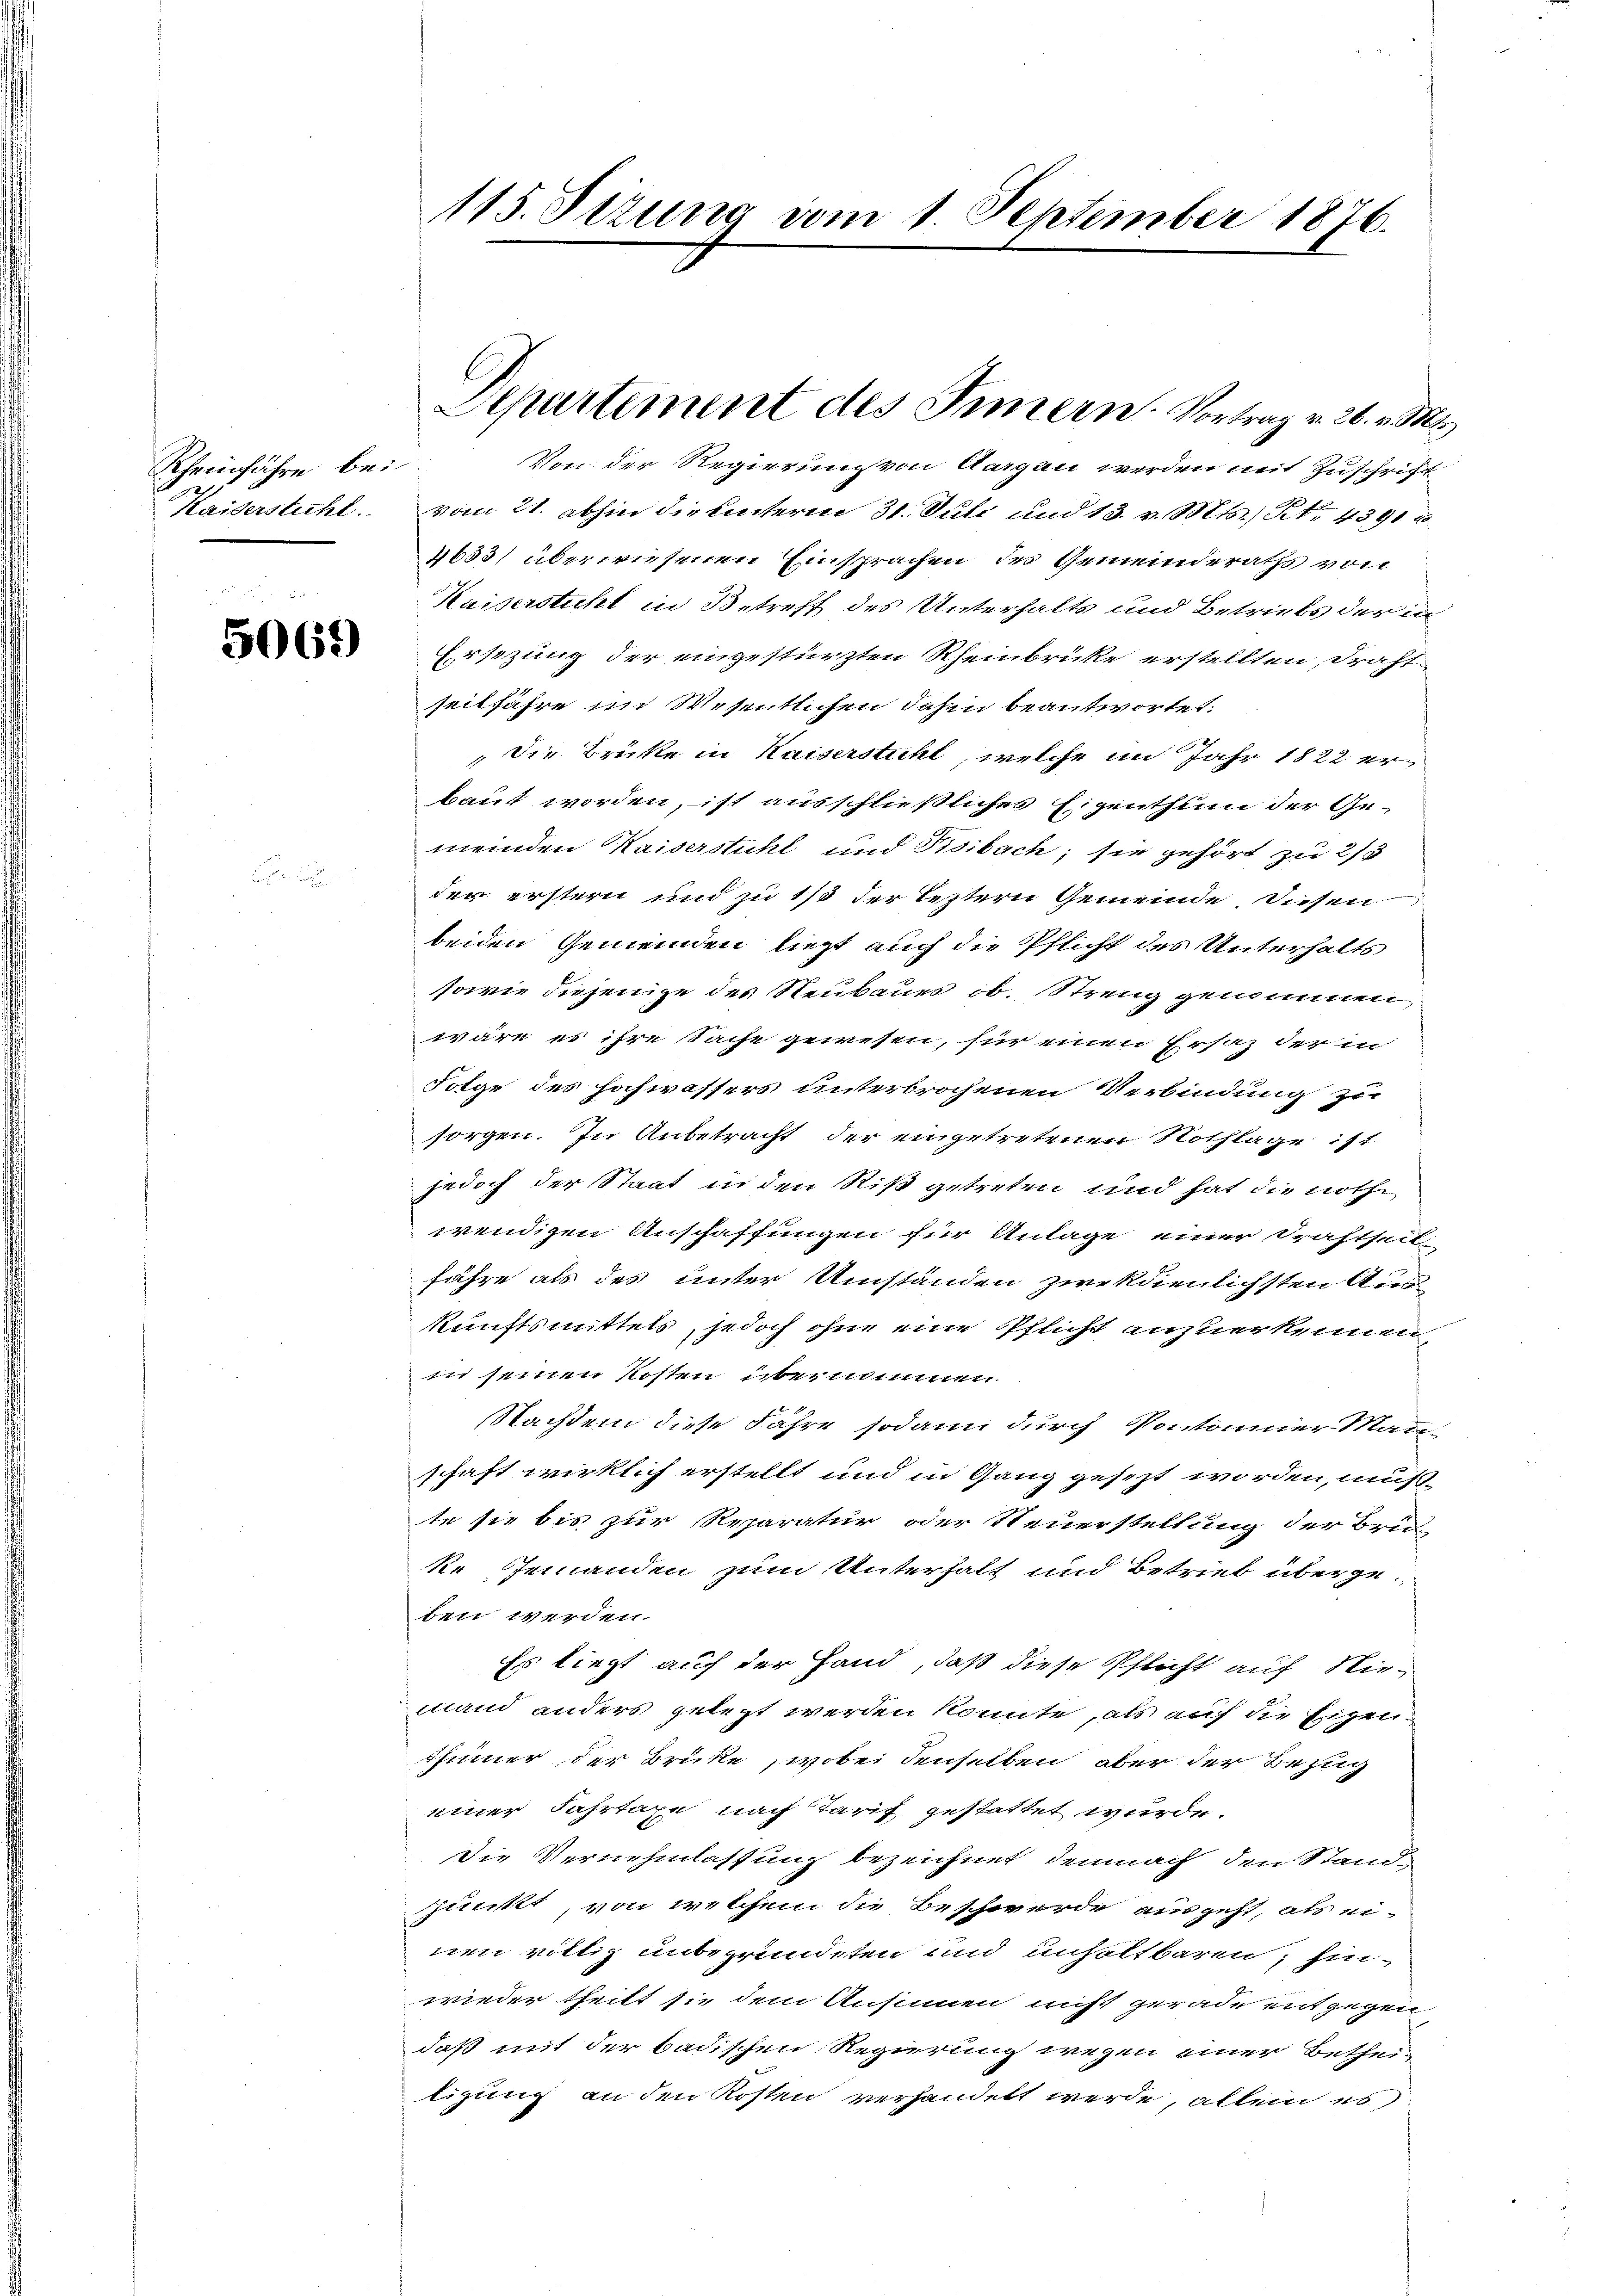
Rheinfahre bei.

5069)

115. Sizung vom 1. September 1876.

Von der Regierung von Aargau werden mit Zuschrift
Kaiserstuhl vom 21. abhin die unterm 31. Juli und 13. v. Mts., No. 4391
4633) überwiesenen Einsprachen des Gemeinderaths von
Kaisersticht in Betreff des Unterhalts und Betriebs der in¬
Ersezung der eingestürzten Rheinbrücke erstellten, Draht
seitfahre im Wesentlichen dahin beantwortet:
2
 Die Brütte in Kaiserstuhl, welche im Jahr 1822 erbaut worden, ist ausschließliches Eigenthum der Gemeinden Kaiserstuhl und Pisibach; sie gehört zu 2/3
der erstern und zu 1/3 der leztern Gemeinde. Diesen
beiden Gemeinden liegt auch die Pflicht des Unterhalts
sowie diejenige des Neubaues ob. Streng gemannen
wäre es ihre Sache gewesen, für einen Ersaz der in
Folge des Hochwassers unterbrochenen Verbindung zu
sorgen. In Anbetracht der eingetretenen Nothlage ist
jedoch der Staat in den Riß getreten und hat die noth
wendigen Anschaffungen für Anlage einer Traftseil
fähre als des unter Umständen zweckdienlichsten Aus
kunftsmittels, jedoch ohne eine Pflicht anzuerkennen,
in seinen Kosten übernommnen
Nachdem diese Jahre sodann durch Pontonnier Mann-
schaft wirklich erstellt und in Gang gesezt worden, mußte sie bis zur Reparatur oder Steuerstellung der Bru-
Re Jemanden zum Unterhalt und Betrieb übergeben werden.
Es liegt auf der Hand, daß diese Pflicht auf Nie-
mand anders gelegt werden könnte, als auf die Eigenthümer der Brüke, wobei denselben aber der Bezug
einer Fahrtaxe nach Tarif gestattet wurde.
die Vernehmlassung bezeichnet demnach den Stand
Junt, von welchem die Beschwerde ausgeht, als einen rittiz unbegründeten und unseltbaren; hinwieder theilt sie dem Ansinnen nicht gerade entgegen,
daß mit der badischen Regierung wegen einer Bethei-
ligung an den Kosten verhandelt werde, allein es

Departement des Innern. Vortrag v. 26. v. Mts.